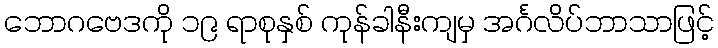
ဘောဂဗေဒကို ၁၉ ရာစုနှစ် ကုန်ခါနီးကျမှ အင်္ဂလိပ်ဘာသာဖြင့်